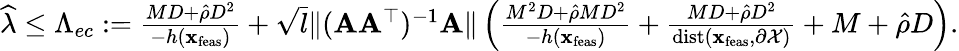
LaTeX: \begin{array}{r}{\widehat\lambda\leq\Lambda_{ec}:=\frac{MD+\hat{\rho}D^{2}}{-h({\mathbf x}_{\textup{feas}})}+\sqrt{l}\| ({\mathbf A}{\mathbf A}^{\top})^{-1}{\mathbf A}\| \left(\frac{M^{2}D+\hat{\rho}MD^{2}}{-h({\mathbf x}_{\textup{feas}})}+\frac{MD+\hat{\rho}D^{2}}{\mathrm{dist}({\mathbf x}_{\textup{feas}},\partial\mathcal{X})}+M+\hat{\rho}D\right).}\end{array}